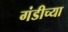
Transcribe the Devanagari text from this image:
गंडीच्या